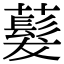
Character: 𬟂